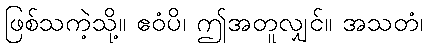
ဖြစ်သကဲ့သို့။ ဧဝံပိ၊ ဤအတူလျှင်။ အသတံ၊